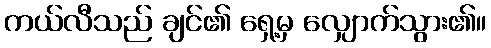
ကယ်လီသည် ချင်၏ ရှေ့မှ လျှောက်သွား၏။